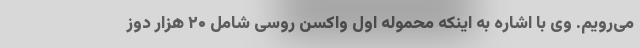
می‌رویم. وی با اشاره به اینکه محموله اول واکسن روسی شامل ۲۰ هزار دوز